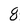
Character: 8